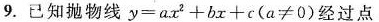
9.已知抛物线$$y = a x ^ { 2 } + b x + c $$(a≠0)经过点